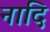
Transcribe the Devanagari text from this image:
नादि